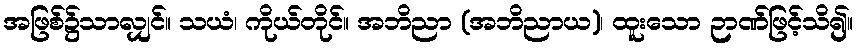
အဖြစ်၌သာလျှင်။ သယံ၊ ကိုယ်တိုင်။ အဘိညာ (အဘိညာယ)၊ ထူးသော ဉာဏ်ဖြင့်သိ၍။